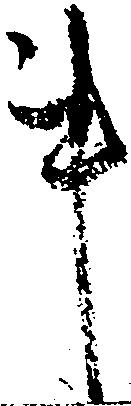
事